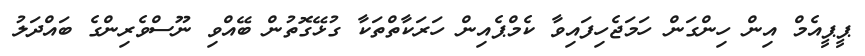
ޕީޕީއެމް އިން ހިންގަން ހަމަޖެހިފައިވާ ކެމްޕެއިން ހަރަކާތްތަކާ ގުޅޭގޮތުން ބޭއްވި ނޫސްވެރިންގެ ބައްދަލު